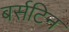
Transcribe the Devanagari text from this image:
बर्सटिन